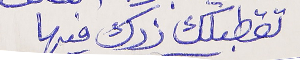
تقطبلك زرك فيها